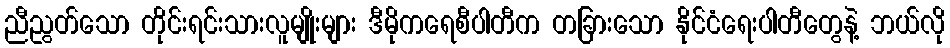
ညီညွတ်သော တိုင်းရင်းသားလူမျိုးများ ဒီမိုကရေစီပါတီက တခြားသော နိုင်ငံရေးပါတီတွေနဲ့ ဘယ်လို